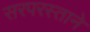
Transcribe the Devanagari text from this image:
सरपरस्ताने